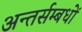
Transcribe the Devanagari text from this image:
अन्तर्सम्बधों